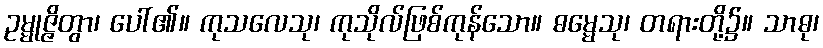
ဥမ္မုဇ္ဇိတွာ၊ ပေါ်၏။ ကုသလေသု၊ ကုသိုလ်ဖြစ်ကုန်သော။ ဓမ္မေသု၊ တရားတို့၌။ သာဓု၊